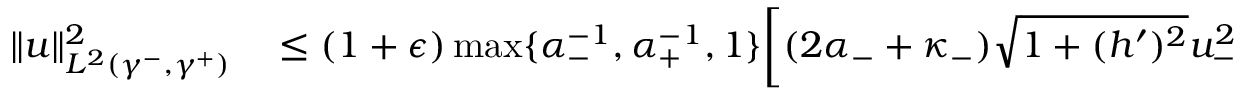
\begin{array} { r l } { \| u \| _ { L ^ { 2 } ( \gamma ^ { - } , \gamma ^ { + } ) } ^ { 2 } } & { { } \leq ( 1 + \epsilon ) \operatorname* { m a x } \lbrace \alpha _ { - } ^ { - 1 } , \alpha _ { + } ^ { - 1 } , 1 \rbrace \bigg [ ( 2 \alpha _ { - } + \kappa _ { - } ) \sqrt { 1 + ( h ^ { \prime } ) ^ { 2 } } u _ { - } ^ { 2 } } \end{array}